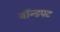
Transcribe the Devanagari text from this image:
बॉन्डपट